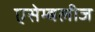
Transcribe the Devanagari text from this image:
एसेम्बलीज